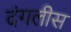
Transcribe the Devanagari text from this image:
दंगलीस